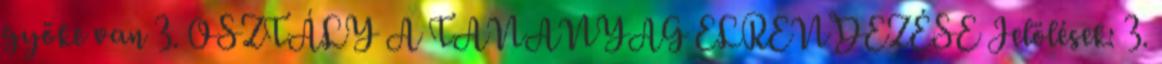
gyöke van 3. OSZTÁLY A TANANYAG ELRENDEZÉSE Jelölések: 3.